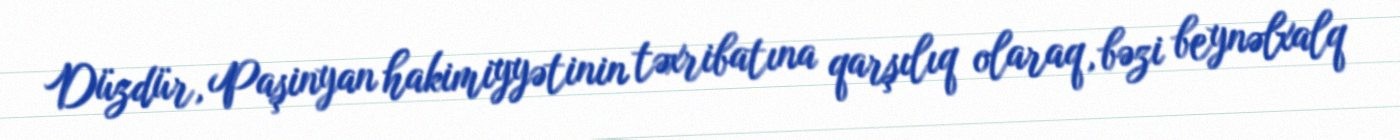
Düzdür, Paşinyan hakimiyyətinin təxribatına qarşılıq olaraq, bəzi beynəlxalq